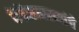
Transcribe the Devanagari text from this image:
केंद्रेंसारख्यांचे